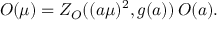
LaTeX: { \cal O } ( \mu ) = Z _ { \cal O } ( ( a \mu ) ^ { 2 } , g ( a ) ) \, { \cal O } ( a ) .